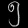
Digit: ၅